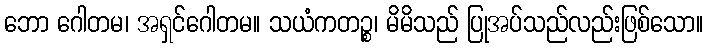
ဘော ဂေါတမ၊ အရှင်ဂေါတမ။ သယံကတဉ္စ၊ မိမိသည် ပြုအပ်သည်လည်းဖြစ်သော။